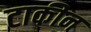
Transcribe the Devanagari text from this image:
टाकीन